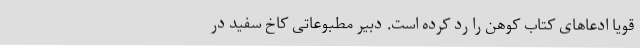
قویاً ادعاهای کتاب کوهن را رد کرده است. دبیر مطبوعاتی کاخ سفید در